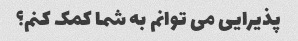
پذیرایی می توانم به شما کمک کنم؟